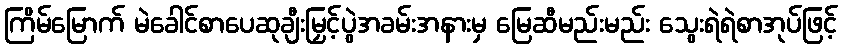
ကြိမ်မြောက် မဲခေါင်စာပေဆုချီးမြှင့်ပွဲအခမ်းအနားမှ မြေဆီမည်းမည်း သွေးရဲရဲစာအုပ်ဖြင့်